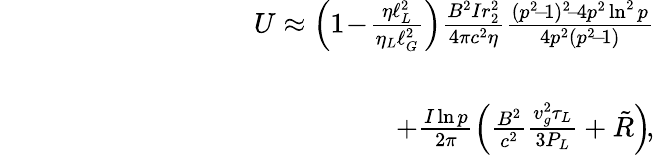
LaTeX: \begin{array}{rlr}&{}&{U\approx\left(1\! -\! \frac{\eta\ell_{L}^{2}}{\eta_{L}\ell_{G}^{2}}\right)\frac{B^{2}Ir_{2}^{2}}{4\pi c^{2}\eta}\frac{(p^{2}\! -\! 1)^{2}\! -\! 4p^{2}\ln^{2}p}{4p^{2}(p^{2}\! -\! 1)}}\\ &{}&\\ &{}&{\qquad\qquad\qquad\qquad\qquad\qquad+\frac{I\ln p}{2\pi}\left(\frac{B^{2}}{c^{2}}\frac{v_{g}^{2}\tau_{L}}{3P_{L}}+\tilde{R}\right)\! ,}\end{array}